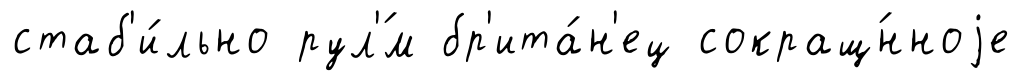
стаб'и́льно рул'́м бр'ита́н'ец сокращ́нноjе